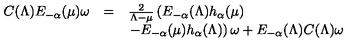
\begin{array} { l c l } { C ( \Lambda ) E _ { - \alpha } ( \mu ) \omega } & { = } & { \frac { 2 } { \Lambda - \mu } \left( E _ { - \alpha } ( \Lambda ) h _ { \alpha } ( \mu ) \right. } \\ { } & { } & { \left. - E _ { - \alpha } ( \mu ) h _ { \alpha } ( \Lambda ) \right) \omega + E _ { - \alpha } ( \Lambda ) C ( \Lambda ) \omega } \\ \end{array}